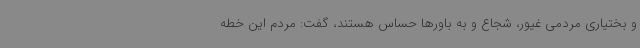
و بختیاری مردمی غیور، شجاع و به باورها حساس هستند، گفت: مردم این خطه